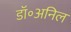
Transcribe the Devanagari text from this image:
डॉ॰अनिल